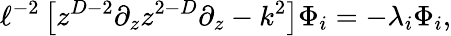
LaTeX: \ell^{-2}\left[z^{D-2}\partial_{z}z^{2-D}\partial_{z}-k^{2}\right]\Phi_{i}=-\lambda_{i}\Phi_{i},